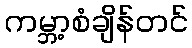
ကမ္ဘာ့စံချိန်တင်